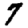
Digit: 7